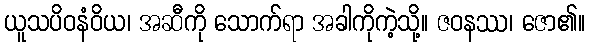
ယူသပိဝနံဝိယ၊ အဆီကို သောက်ရာ အခါကိုကဲ့သို့။ ဇဝနဿ၊ ဇော၏။